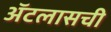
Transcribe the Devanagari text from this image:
ॲटलासची